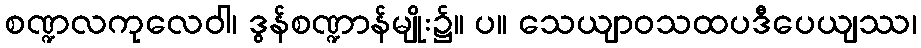
စဏ္ဍလကုလေဝါ၊ ဒွန်စဏ္ဍာန်မျိုး၌။ ပ။ သေယျာဝသထပဒီပေယျဿ၊